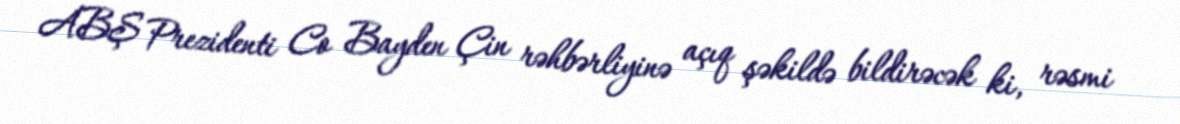
ABŞ Prezidenti Co Bayden Çin rəhbərliyinə açıq şəkildə bildirəcək ki, rəsmi